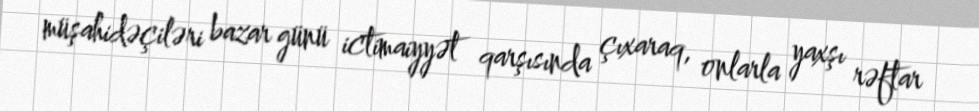
müşahidəçiləri bazar günü ictimaiyyət qarşısında çıxaraq, onlarla yaxşı rəftar